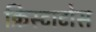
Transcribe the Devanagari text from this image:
क्रिस्टाटोस